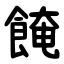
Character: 餣